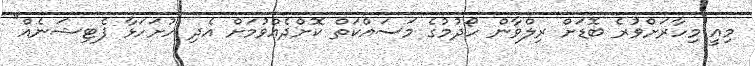
މިއީ މިހާރަށްވުރެ ބޮޑަށް ރިލްވާން ހޯދުމުގެ މަސައްކަތް ކޮށްދެއްވުމަށް އެދި ހުށަހަޅާ ޕެޓިޝަނެއް"